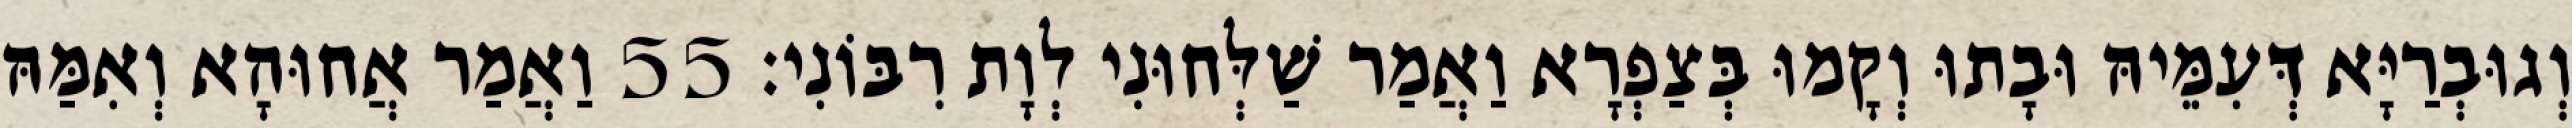
וְגוּבְרַיָּא דְּעִמֵּיהּ וּבָתוּ וְקָמוּ בְּצַפְרָא וַאֲמַר שַׁלְּחוּנִי לְוָת רִבּוֹנִי׃ 55 וַאֲמַר אֲחוּהָא וְאִמַּהּ